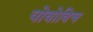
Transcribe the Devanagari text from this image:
योवोविच